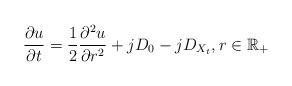
LaTeX: \begin{align*}\frac{\partial u}{\partial t} = \frac 12 \frac{\partial^2 u}{\partial r^2}+ j D_0- j D_{X_t},r\in \mathbb R_{+}\end{align*}